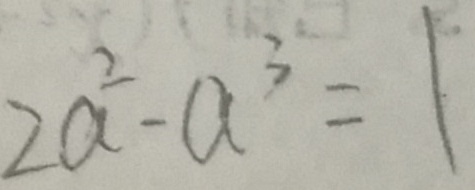
2 a ^ { 2 } - a ^ { 3 } = 1